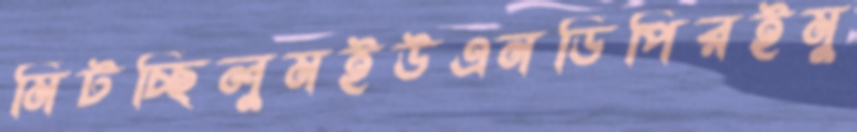
মিটচ্ছিলুমইউএনডিপিরইমু